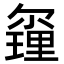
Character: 𨤰